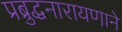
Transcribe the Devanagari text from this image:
प्रब्रुद्धनारायणाने